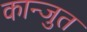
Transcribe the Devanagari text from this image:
कान्जुत